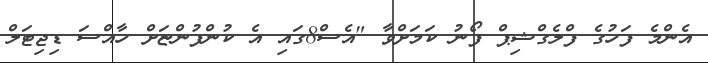
އެންމެ ފަހުގެ ފްލެގްޝިޕް ފޯނު ކަމަށްވާ "އެސް8ގައި އެ ކުންފުންޏަށް ހާއްސަ ޑިޖިޓަލް